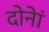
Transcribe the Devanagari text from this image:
दोनेां